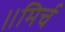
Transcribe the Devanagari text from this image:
॥मिर्च